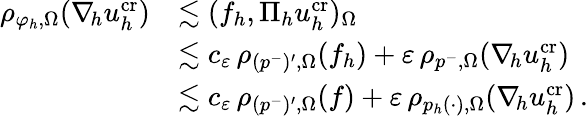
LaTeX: \begin{array}{rl}{\rho_{\varphi_{h},\Omega}(\nabla_{\! h}u_{h}^{\textit{\textrm{cr}}})}&{\lesssim(f_{h},\Pi_{h}u_{h}^{\textit{\textrm{cr}}})_{\Omega}}\\ &{\lesssim c_{\varepsilon}\, \rho_{(p^{-})^{\prime},\Omega}(f_{h})+\varepsilon\, \rho_{p^{-},\Omega}(\nabla_{\! h}u_{h}^{\textit{\textrm{cr}}})}\\ &{\lesssim c_{\varepsilon}\, \rho_{(p^{-})^{\prime},\Omega}(f)+\varepsilon\, \rho_{p_{h}(\cdot),\Omega}(\nabla_{\! h}u_{h}^{\textit{\textrm{cr}}})\, .}\end{array}